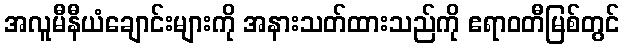
အလူမီနီယံချောင်းများကို အနားသတ်ထားသည်ကို ဧရာဝတီမြစ်တွင်